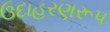
ઉદાહરણરૂપ